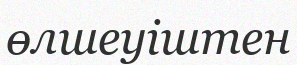
өлшеуіштен